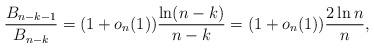
LaTeX: \begin{align*} \frac{B_{n-k-1}}{B_{n-k}} &= (1 + o_n(1)) \frac{\ln (n-k)}{n-k} = (1 + o_n(1))\frac{2 \ln n}{n},\end{align*}